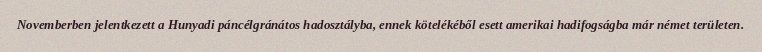
Novemberben jelentkezett a Hunyadi páncélgránátos hadosztályba, ennek kötelékéből esett amerikai hadifogságba már német területen.